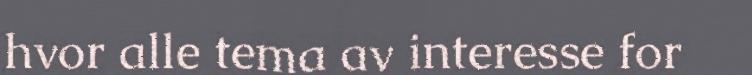
hvor alle tema av interesse for